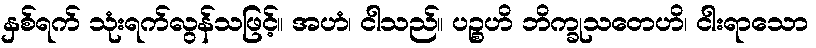
နှစ်ရက် သုံးရက်လွန်သဖြင့်။ အဟံ၊ ငါသည်။ ပဉ္စဟိ ဘိက္ခုသတေဟိ၊ ငါးရာသော